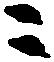
ニ